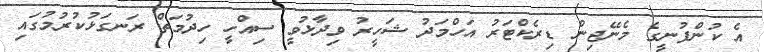
އެ ކުންފުނީގެ މެނޭޖިން ޑިރެކްޓަރު އަހްމަދު ޝަހީރު ވިދާޅުވީ ސިއްހީ ހިދުމަތް ރަނގަޅުކުރުމުގައި